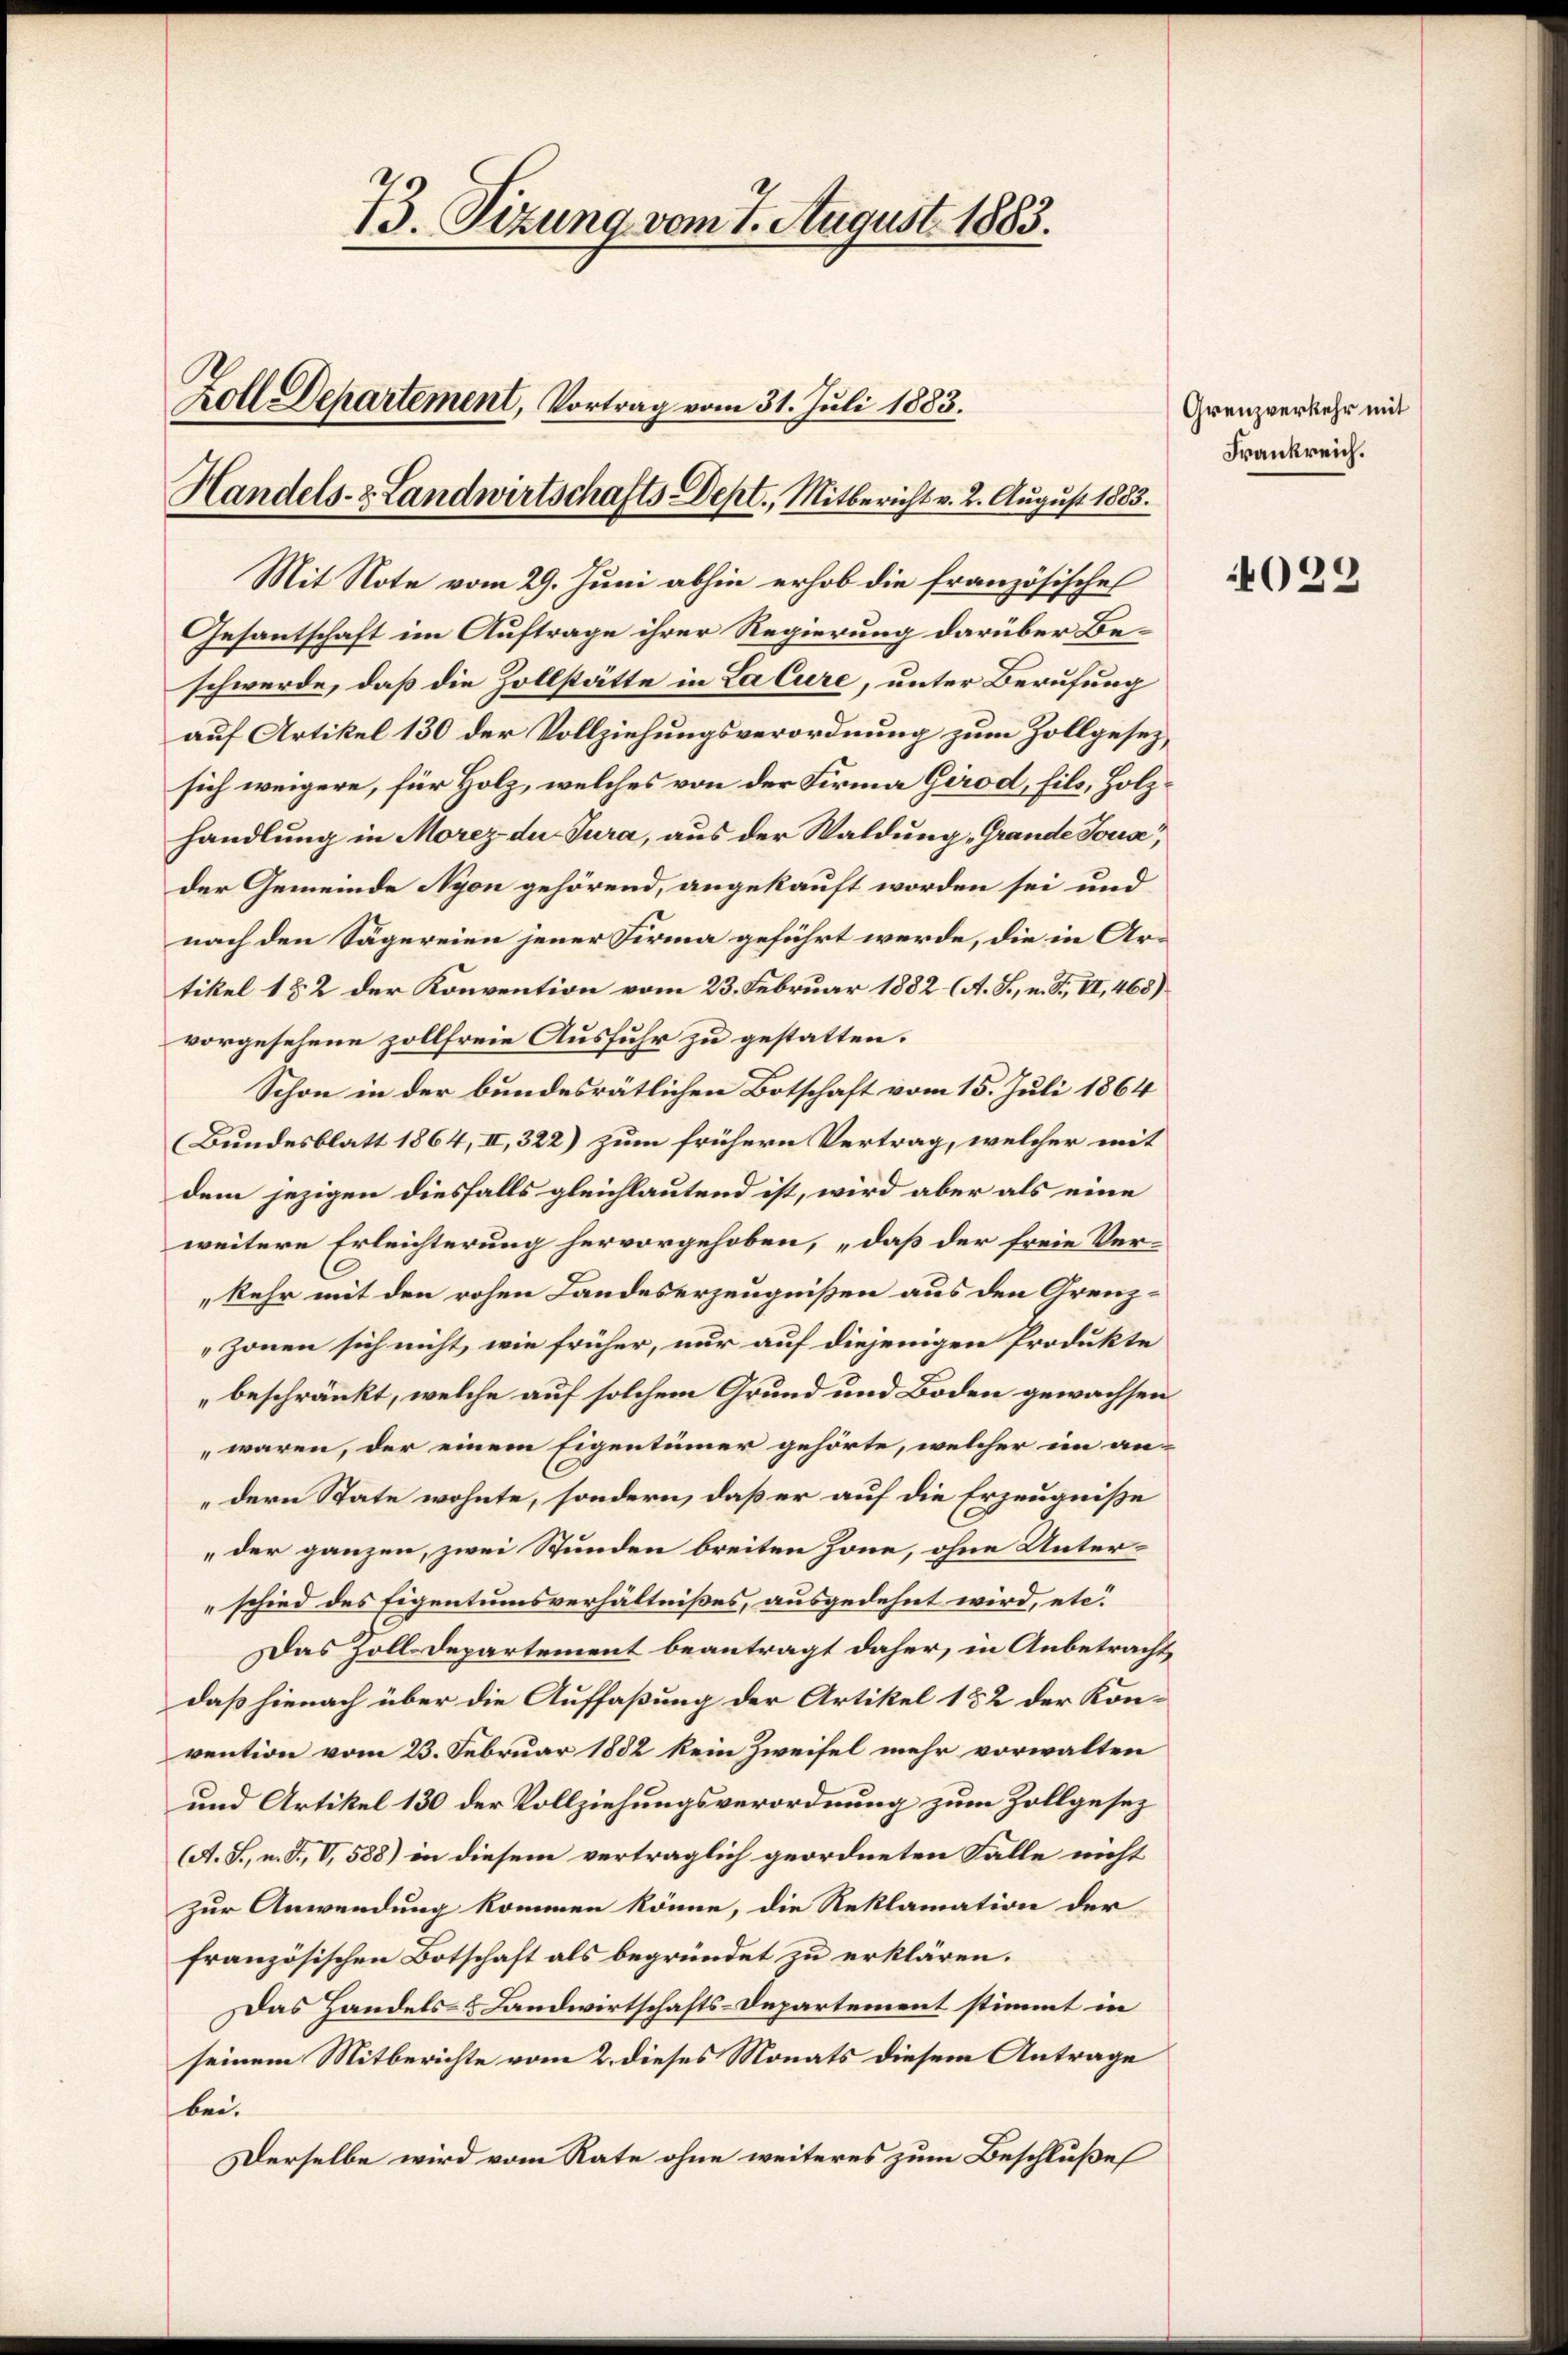
73. Sizung vom 7. August 1883.
Zoll Departement, Vortrag vom 31. Juli 1883.
Handels- & Landwirtschafts-Dept., Mitbericht v. 2. August 1883.

Mit Note vom 29. Juni abhin erhob die französisches
Gesantschaft im Auftrage ihrer Regierung darüber Beschwerde, daß die Zollstätte in La Cure, unter Berufung
auf Artikel 130 der Vollziehungsverordnung zum Zollgesezsich weigere, für Holz, welches von der Firma Girod, fils, Holzhandlung in Morez du Jura, aus der Waldung „Grande Touse,
der Gemeinde Nyon gehörend, angekauft worden sei und
nach den Sägereien jener Firma geführt werde, die in Artikel 182 der Konvention vom 23. Februar 1882 (A. S., n. F. VI, 465)
vorgesehene zollfreie Ausfuhr zu gestatten.
Schon in der bundesrätlichen Botschaft vom 15. Juli 1864
(Bundesblatt 1864, II, 322) zum frühern Vertrag, welcher mit
dem jezigen diesfalls gleichlautend ist, wird aber als eine
weitere Erleichterung hervorgehoben, „daß der freie Verkehr mit den rohen Landeserzeugnißen aus den Grenzzonen sich nicht, wie früher, nur auf diejenigen Produkte
beschränkt, welche auf solchem Grund und Boden gewachsen
waren, der einem Eigentümer gehörte, welcher im an-
dern State wohnte, sondern, daß er auf die Erzeugniße
der ganzen, zwei Stunden breiten Zone, ohne Unterschied des Eigentumsverhältnißes, ausgedehnt wird, etc.
Das Zoll-Departement beantragt daher, in Anbetracht,
daß hienach über die Auffaßung der Artikel 152 der Konvention vom 23. Februar 1882 kein Zweifel mehr vorwalten
und Artikel 130 der Vollziehungsverordnung zum Zollgesez
(A. S., n. F. V, 588) in diesem verträglich geordneten Falle nicht
zur Anwendung kommen könne, die Reklamation der
französischen Botschaft als begründet zu erklären.
Das Handels- & Landwirtschafts-Departement stimmt in
seinem Mitberichte vom 2. dieses Monats diesem Antrage
bei.
Derselbe wird vom Rate ohne weiteres zum Beschlußes

Grenzverkehr mit
Frankreich.

029